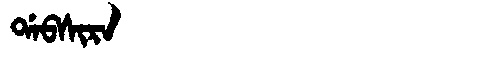
Manchu: ᡩᠠᠪᠰᡳᡵᠠ
Romanization: DABSIRA